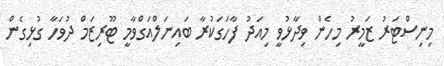
މިނިސްޓަރު ޒަމީރު މިހެން ވިދާޅުވީ މިއަދު ފާހަަގަކުރާ ބައިނަލްއަގްވާމީ ޓޫރިޒަމް ދުވަހާ ގުޅިގެން